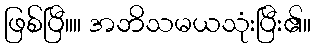
ဖြစ်ပြီ။။ အဘိသမယသုံးပြီး၏။